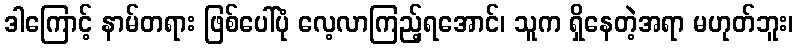
ဒါကြောင့် နာမ်တရား ဖြစ်ပေါ်ပုံ လေ့လာကြည့်ရအောင်၊ သူက ရှိနေတဲ့အရာ မဟုတ်ဘူး၊